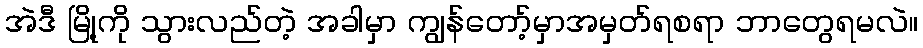
အဲဒီ မြို့ကို သွားလည်တဲ့ အခါမှာ ကျွန်တော့်မှာအမှတ်ရစရာ ဘာတွေရမလဲ။